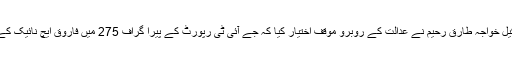
بحریہ ٹاؤن کے وکیل خواجہ طارق رحیم نے عدالت کے روبرو موقف اختیار کیا کہ جے آئی ٹی رپورٹ کے پیرا گراف 275 میں فاروق ایچ نائیک کے بیٹے کا ذکر ہے۔